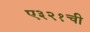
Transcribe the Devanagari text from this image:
ए३२१ची